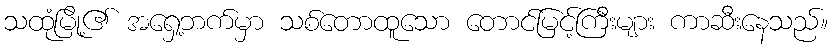
သထုံမြို့၏ အရှေ့ဘက်မှာ သစ်တောထူသော တောင်မြင့်ကြီးများ ကာဆီးနေသည်။